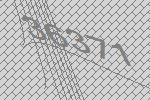
36371